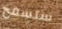
ستسمح